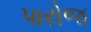
પારોજ